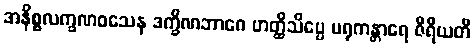
အနိစ္စလက္ခဏဝသေန ဒက္ခိဏဘာဂေ ဟတ္ထိသိပ္ပေ မရုကန္တာရေ ဇီရီယတိ